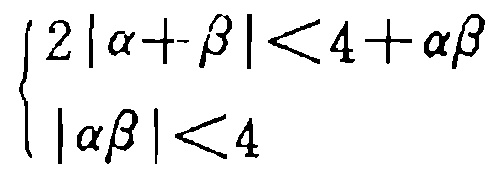
\[
\begin{cases}
2|\alpha + \beta| < 4 + \alpha\beta \\
|\alpha\beta| < 4
\end{cases}
\]